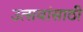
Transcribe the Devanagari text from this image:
उत्सवांसाठी